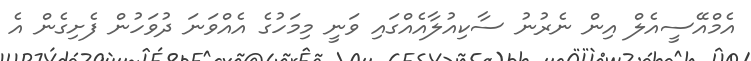
އެމްއޭސީއެލް އިން ނެރުނު ސާކިއުލާއެއްގައި ވަނީ މިމަހުގެ އެއްވަނަ ދުވަހުން ފެށިގެން އެ